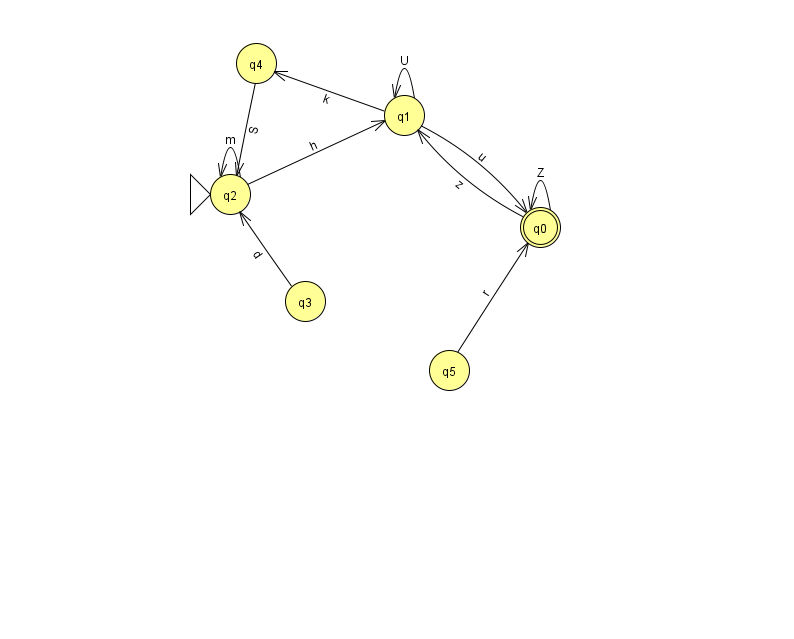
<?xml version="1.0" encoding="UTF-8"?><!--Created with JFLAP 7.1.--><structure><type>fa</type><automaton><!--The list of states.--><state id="0" name="q0"><x>540.0</x><y>214.0</y><final/></state><state id="1" name="q1"><x>404.0</x><y>102.0</y></state><state id="2" name="q2"><x>230.0</x><y>181.0</y><initial/></state><state id="3" name="q3"><x>305.0</x><y>288.0</y></state><state id="4" name="q4"><x>256.0</x><y>50.0</y></state><state id="5" name="q5"><x>449.0</x><y>357.0</y></state><!--The list of transitions.--><transition><from>1</from><to>0</to><read>u</read></transition><transition><from>3</from><to>2</to><read>d</read></transition><transition><from>5</from><to>0</to><read>r</read></transition><transition><from>1</from><to>1</to><read>U</read></transition><transition><from>4</from><to>2</to><read>S</read></transition><transition><from>1</from><to>4</to><read>k</read></transition><transition><from>0</from><to>0</to><read>Z</read></transition><transition><from>2</from><to>1</to><read>h</read></transition><transition><from>2</from><to>2</to><read>m</read></transition><transition><from>0</from><to>1</to><read>z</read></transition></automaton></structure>